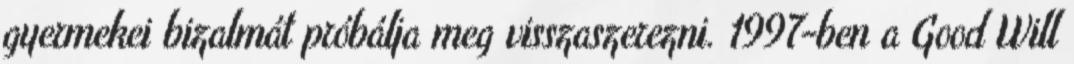
gyermekei bizalmát próbálja meg visszaszerezni. 1997-ben a Good Will